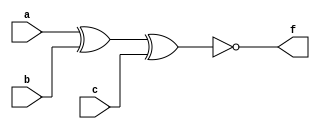
/*--  *******************************************************
--  Computer Architecture Course, Laboratory Sources 
--  Amirkabir University of Technology (Tehran Polytechnic)
--  Department of Computer Engineering (CE-AUT)
--  https://ce[dot]aut[dot]ac[dot]ir
--  *******************************************************
--  All Rights reserved (C) 2019-2020
--  *******************************************************
--  Student ID  : 9829039	
--  Student Name: Pouya Mohammadi
--  Student Mail: pouyamohammadyirbu@gmail.com
--  *******************************************************
--  Additional Comments:
--
--*/

/*-----------------------------------------------------------
---  Module Name: Paritiy Generator
---  Description: Lab 04 Part 2
-----------------------------------------------------------*/
`timescale 1 ns/1 ns

module paritiy3_gen (
	input a,
	input b,
	input c,
	output f	
);
	
	xnor gate(f, a, b, c);

endmodule